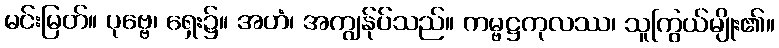
မင်းမြတ်။ ပုဗ္ဗေ၊ ရှေး၌။ အဟံ၊ အကျွန်ုပ်သည်။ ကမ္ဗဋ္ဌကုလဿ၊ သူကြွယ်မျိုး၏။